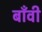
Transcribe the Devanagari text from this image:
बाँवी